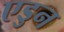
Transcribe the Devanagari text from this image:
एडुन